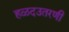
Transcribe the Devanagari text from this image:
हळदउतरणी